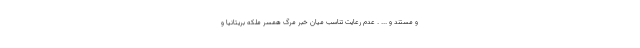
و مستند و ... . عدم رعایت تناسب میان خبر مرگ همسر ملکه بریتانیا و